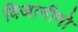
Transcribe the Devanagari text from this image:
विजानीमो